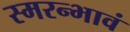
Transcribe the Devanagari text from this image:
स्मरन्भावं